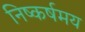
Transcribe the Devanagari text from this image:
निष्कर्षमय